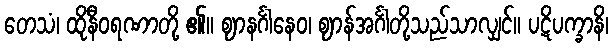
တေသံ၊ ထိုနီဝရဏာတို့ ၏။ ဈာနင်္ဂါနေဝ၊ ဈာန်အင်္ဂါတို့သည်သာလျှင်။ ပဋိပက္ခာနိ၊